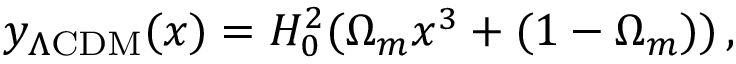
y _ { \Lambda \mathrm { C D M } } ( x ) = H _ { 0 } ^ { 2 } ( \Omega _ { m } x ^ { 3 } + ( 1 - \Omega _ { m } ) ) \, ,